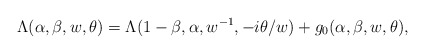
\begin{align*}\Lambda(\alpha,\beta,w,\theta)=\Lambda(1-\beta,\alpha,w^{-1},-i\theta/w)+g_0(\alpha,\beta,w,\theta),\end{align*}